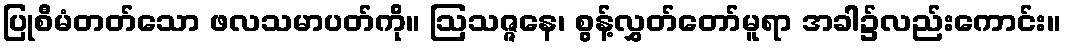
ပြုစီမံတတ်သော ဖလသမာပတ်ကို။ ဩသဇ္ဇနေ၊ စွန့်လွှတ်တော်မူရာ အခါ၌လည်းကောင်း။